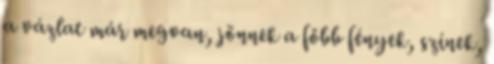
a vázlat már megvan, jönnek a főbb fények, színek,